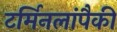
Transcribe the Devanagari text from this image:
टर्मिनलांपैकी